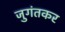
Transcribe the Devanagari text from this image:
जुगंतकर